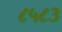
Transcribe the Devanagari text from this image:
८५८३